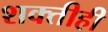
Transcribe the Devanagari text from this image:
शक्तीही